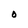
Character: O